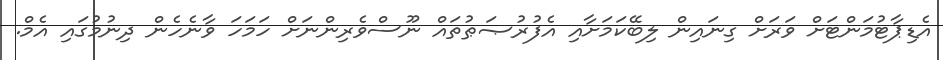
އެޑިޕާޓުމަންޓަށް ވަރަށް ގިނައިން ލިބޭކަމަށާއި އެފުރުޞަޠުތައް ނޫސްވެރިންނަށް ހަމަހަ ވާނެހެން ދިނުމުގައި އެމް.